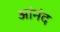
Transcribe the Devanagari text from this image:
आंनंद